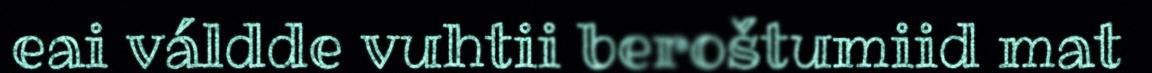
eai váldde vuhtii beroštumiid mat